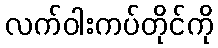
လက်ဝါးကပ်တိုင်ကို